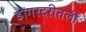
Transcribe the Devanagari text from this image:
डोंगरदरीतली